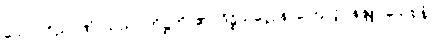
သော။ ဝိညာဏံ၊ သည်။ တိဋ္ဌတိ၊ ၏။ ဒိဋ္ဌိသလ္လေန၊ ကြောင့်။ နန္ဒူပသေစနံ၊